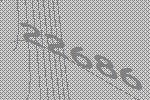
22686